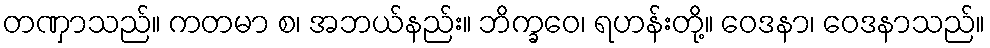
တဏှာသည်။ ကတမာ စ၊ အဘယ်နည်း။ ဘိက္ခဝေ၊ ရဟန်းတို့။ ဝေဒနာ၊ ဝေဒနာသည်။